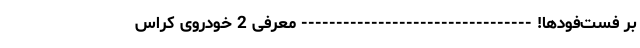
بر فست‌فودها! --------------------------------- معرفی 2 خودروی کراس